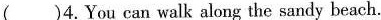
( )4.You can walk along the sandy beach.